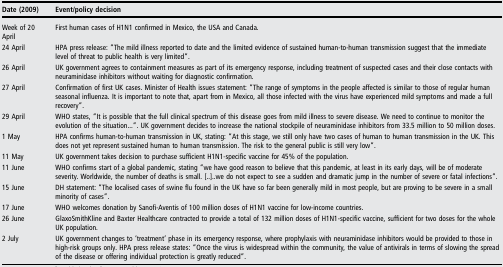
<table><thead><tr><td><b>Date (2009)</b></td><td><b>Event/policy decision</b></td></tr></thead><tbody><tr><td>Week of 20 April</td><td>First human cases of H1N1 confirmed in Mexico, the USA and Canada.</td></tr><tr><td>24 April</td><td>HPA press release: “The mild illness reported to date and the limited evidence of sustained human-to-human transmission suggest that the immediate level of threat to public health is very limited”.</td></tr><tr><td>26 April</td><td>UK government agrees to containment measures as part of its emergency response, including treatment of suspected cases and their close contacts with neuraminidase inhibitors without waiting for diagnostic confirmation.</td></tr><tr><td>27 April</td><td>Confirmation of first UK cases. Minister of Health issues statement: “The range of symptoms in the people affected is similar to those of regular human seasonal influenza. It is important to note that, apart from in Mexico, all those infected with the virus have experienced mild symptoms and made a full recovery”.</td></tr><tr><td>29 April</td><td>WHO states, “It is possible that the full clinical spectrum of this disease goes from mild illness to severe disease. We need to continue to monitor the evolution of the situation...”. UK government decides to increase the national stockpile of neuraminidase inhibitors from 33.5 million to 50 million doses.</td></tr><tr><td>1 May</td><td>HPA confirms human-to-human transmission in UK, stating: “At this stage, we still only have two cases of human to human transmission in the UK. This does not yet represent sustained human to human transmission. The risk to the general public is still very low”.</td></tr><tr><td>11 May</td><td>UK government takes decision to purchase sufficient H1N1-specific vaccine for 45% of the population.</td></tr><tr><td>11 June</td><td>WHO confirms start of a global pandemic, stating “we have good reason to believe that this pandemic, at least in its early days, will be of moderate severity. Worldwide, the number of deaths is small. [..]..we do not expect to see a sudden and dramatic jump in the number of severe or fatal infections”.</td></tr><tr><td>15 June</td><td>DH statement: “The localised cases of swine flu found in the UK have so far been generally mild in most people, but are proving to be severe in a small minority of cases”.</td></tr><tr><td>17 June</td><td>WHO welcomes donation by Sanofi-Aventis of 100 million doses of H1N1 vaccine for low-income countries.</td></tr><tr><td>26 June</td><td>GlaxoSmithKline and Baxter Healthcare contracted to provide a total of 132 million doses of H1N1-specific vaccine, sufficient for two doses for the whole UK population.</td></tr><tr><td>2 July</td><td>UK government changes to ‘treatment’ phase in its emergency response, where prophylaxis with neuraminidase inhibitors would be provided to those in high-risk groups only. HPA press release states: “Once the virus is widespread within the community, the value of antivirals in terms of slowing the spread of the disease or offering individual protection is greatly reduced”.</td></tr></tbody></table>